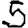
Digit: 5